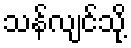
သန်လျင်သို့